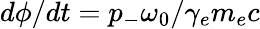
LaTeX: d\phi/dt=p_{-}\omega_{0}/\gamma_{e}m_{e}c